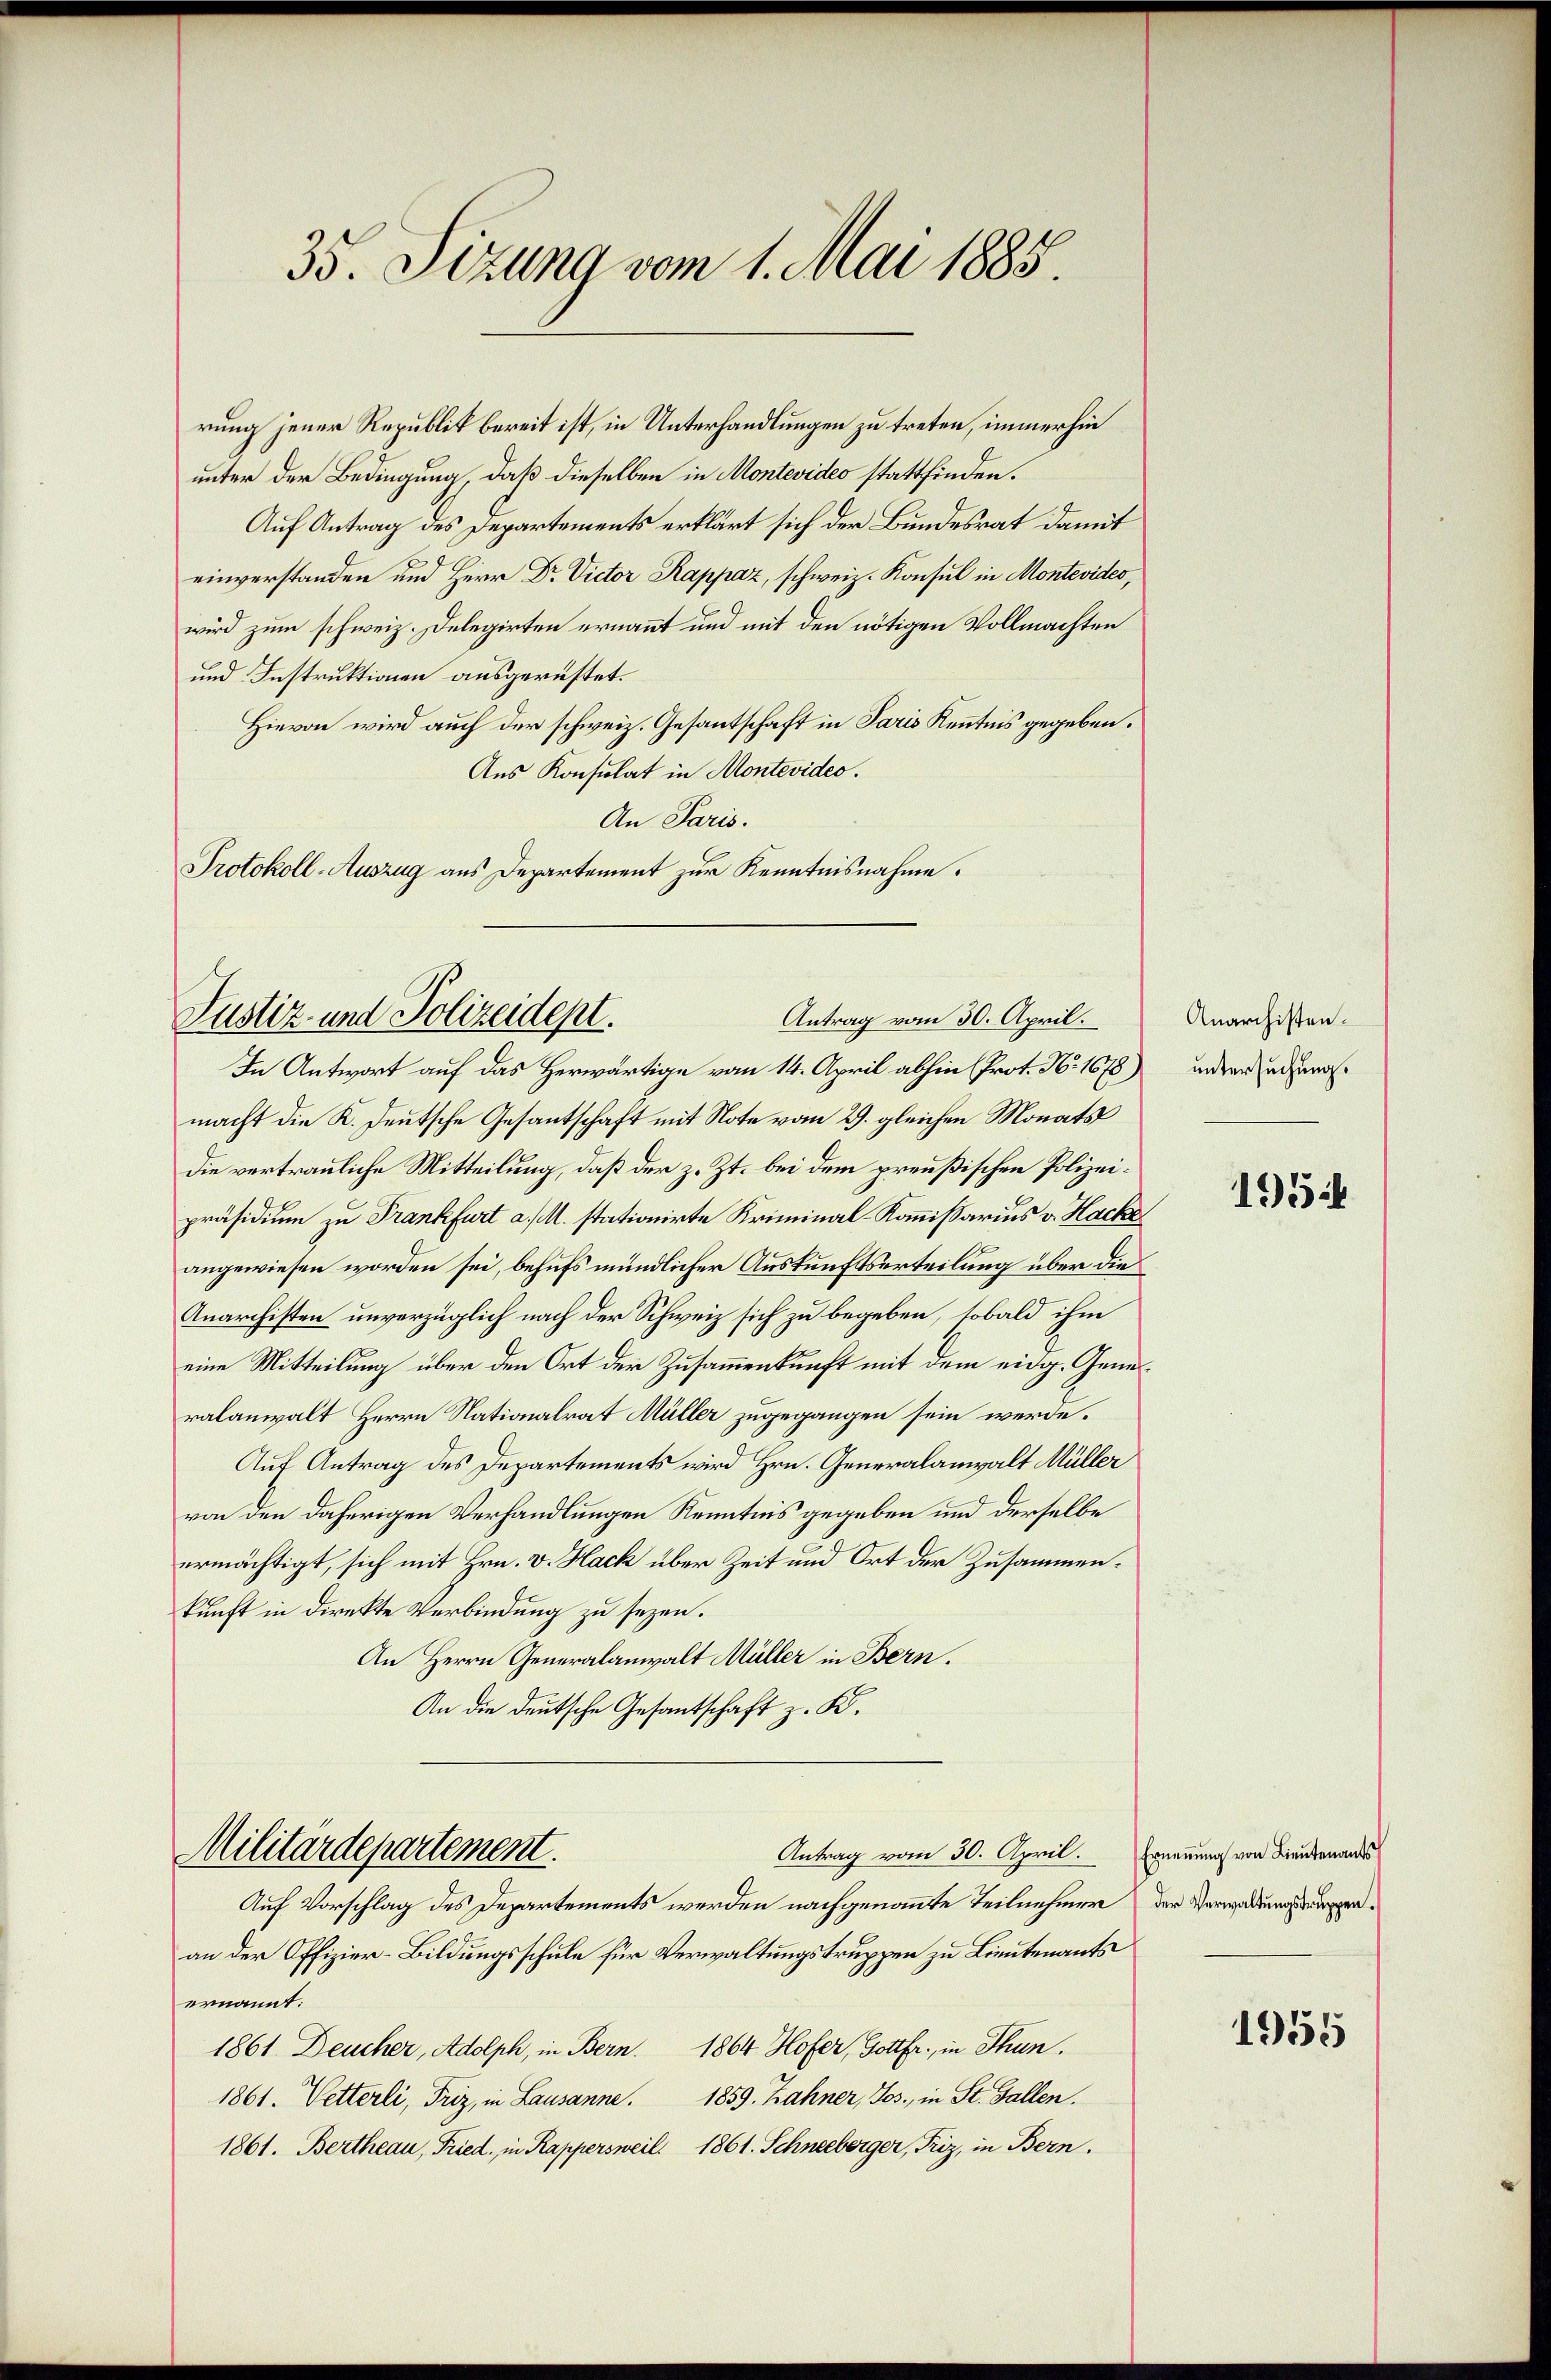
35. Sizung vom 1. Mai 1885.

rung jener Republik bereit ist, in Unterhandlungen zu treten, immerhin
unter der Bedingung, daß dieselben in Montevideo stattfinden.
Auf Antrag des Departements erklärt sich der Bundesrat damit
f
einverstanden am Herr Dr. Victor Rappaz, schweiz. Konsul in Montevides,
wird zum schweiz. Delegirten ernannt und mit den nötigen Vollmachten
und Instruktionen ausgerüstet.
Hievon wird auch der schweiz. Gesantschaft in Paris Kenntnis gegeben.
Aus Konsulat in Montevides.
An Paris.
Protokoll-Auszug aus Departement zur Kenntnisnahme.

Antrag vom 30. April.
Justiz- und Polizeidept.

Militärdepartement.
Antrag vom 30. April.

In Antwort auf das Herwärtige vom 14. April abhin (Prot. N. 1678)
macht die K. Deutsche Gesantschaft mit Note vom 29. gleichen Monats
Die vertrauliche Mitteilung, daß der z. Zt. bei dem preußischen Polizeipräsidium zu Frankfurt a/M. stationirte Kriminal-Kommissarius v. Hacke
angewiesen worden sei, behufs mündlicher Auskunftserteilung über die
Anarchisten unverzüglich nach der Schweiz sich zu begeben, sobald ihm
eine Mitteilung über den Ort der Zusammenkunft mit dem eidg. Generalanwalt Herrn Nationalrat Müller zugegangen sein werde.
Auf Antrag des Departements wird Hrn. Generalanwalt Müller
von den daherigen Verhandlungen Kenntnis gegeben und derselbe
ermächtigt, sich mit Hrn. v. Hack über Zeit und Ort der Zusammenkunft in direkte Verbindung zu sezen.
An Herrn Generalanwalt Müller in Bern.
An die deutsche Gesantschaft z. K.

Auf Vorschlag des Departements werden nachgenommte Teilnehmen der Verwadungsgruppenan der Offizier-Bildungsschule für Verwaltungstruppen zu Lieutenants
ernannt:
1861 Deucher, Adolph, in Bern. 1864 Hofer, Gottfr., in Thun.
1859. Zahner, Jos., in St. Gallen.
1861. Vetterli, Friz, in Lausanne.
1861. Bertheau, Fried. in Rappersweil. 1861. Schneeberger, Friz, in Bern.

Anarchisten.
untersuchung.

195

Ernennung von Lieutenants

1955